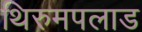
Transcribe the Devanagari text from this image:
थिरुमपलाड